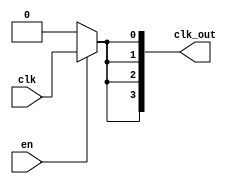
module SkewOptimizedClockBuffer (
    input wire clk,        // Primary clock input
    input wire en,        // Enable signal for clock distribution
    output wire [N-1:0] clk_out // Array of clock outputs (N outputs)
);
    parameter N = 4; // Number of output clock signals
    parameter DELAY = 1; // Base delay in time units (this is a placeholder)

    // Interconnect wires to simulate clock tree
    wire [N-1:0] clk_tree;

    // Input stage: Buffer the main clock signal
    wire clk_buffered;
    assign clk_buffered = en ? clk : 1'b0; // Disable clock when EN is low

    // Distribution network to minimize skew
    genvar i;
    generate
        for (i = 0; i < N; i = i + 1) begin: clk_dist
            // Simulate the delayed output based on the distribution strategy
            // This would typically use specific buffer cells in practice
            assign #DELAY clk_tree[i] = clk_buffered; // Simple delay to mimic skew optimization
            
            // Output stage: Drive the output clocks
            assign clk_out[i] = clk_tree[i];
        end
    endgenerate

endmodule